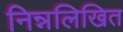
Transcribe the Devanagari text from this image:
निन्नलिखित